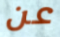
عن